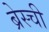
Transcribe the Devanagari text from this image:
ब्रेस्ची